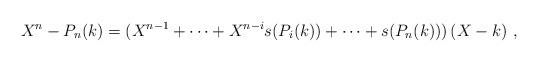
LaTeX: \begin{align*}X^n - P_n(k) = (X^{n-1} + \dots + X^{n-i} s(P_i(k)) + \dots + s(P_n(k))) \,(X-k) \ ,\end{align*}